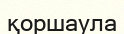
қоршаула